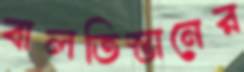
বালতিস্তানের